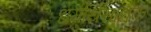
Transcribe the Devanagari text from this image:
धर्मार्थसाधक